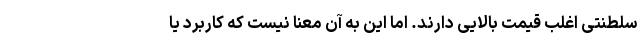
سلطنتی اغلب قیمت بالایی دارند. اما این به آن معنا نیست که کاربرد یا